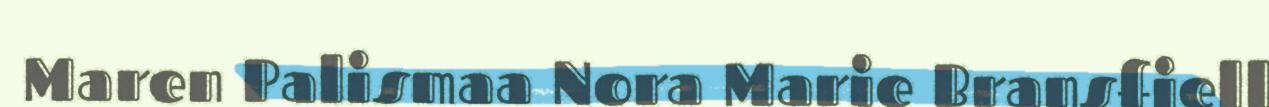
Maren Palismaa Nora Marie Bransfjell